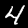
Digit: 4